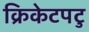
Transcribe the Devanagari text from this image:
क्रिकेटपटु